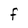
Character: F